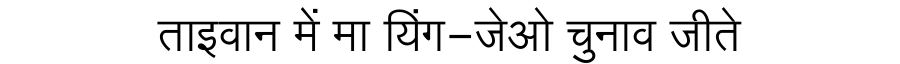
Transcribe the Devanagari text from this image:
ताइवान में मा यिंग-जेओ चुनाव जीते